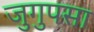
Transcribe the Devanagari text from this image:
जुगुपसा